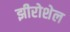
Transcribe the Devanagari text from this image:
झीरोशेल